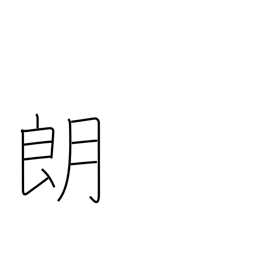
Meaning: serene